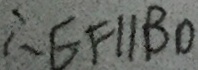
\therefore E F / / B O